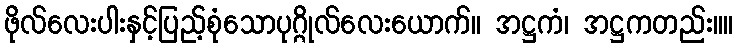
ဖိုလ်လေးပါးနှင့်ပြည့်စုံသောပုဂ္ဂိုလ်လေးယောက်။ အဋ္ဌကံ၊ အဋ္ဌကတည်း။။